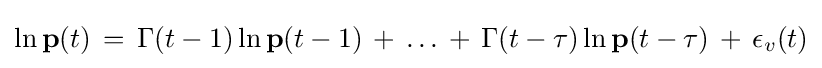
\ln \mathbf {p} (t)\,=\,\Gamma (t-1)\ln \mathbf {p} (t-1)\,+\,\ldots \,+\,\Gamma (t-\tau )\ln \mathbf {p} (t-\tau )\,+\,\epsilon _{v}(t)